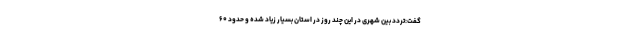
گفت:تردد بین شهری در این چند روز در استان بسیار زیاد شده و حدود ۶۰